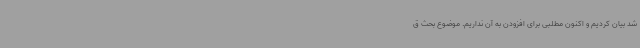
شد بیان کردیم و اکنون مطلبی برای افزودن به آن نداریم. موضوع بحث ق